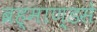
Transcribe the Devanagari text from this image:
ब्रह्माण्डसे